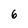
Character: 6